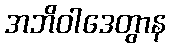
အဘိဝါဒေတွာန